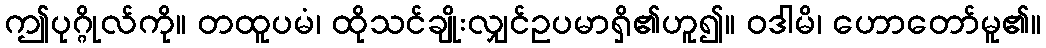
ဤပုဂ္ဂိုလ်ကို။ တထူပမံ၊ ထိုသင်ချိုးလျှင်ဥပမာရှိ၏ဟူ၍။ ဝဒါမိ၊ ဟောတော်မူ၏။